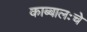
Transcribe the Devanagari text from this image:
काब्बालःचे